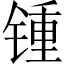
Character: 锺